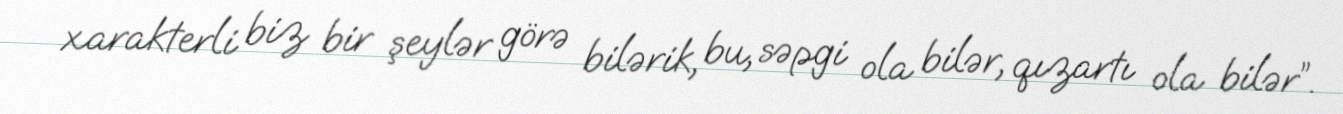
xarakterli biz bir şeylər görə bilərik, bu, səpgi ola bilər, qızartı ola bilər”.